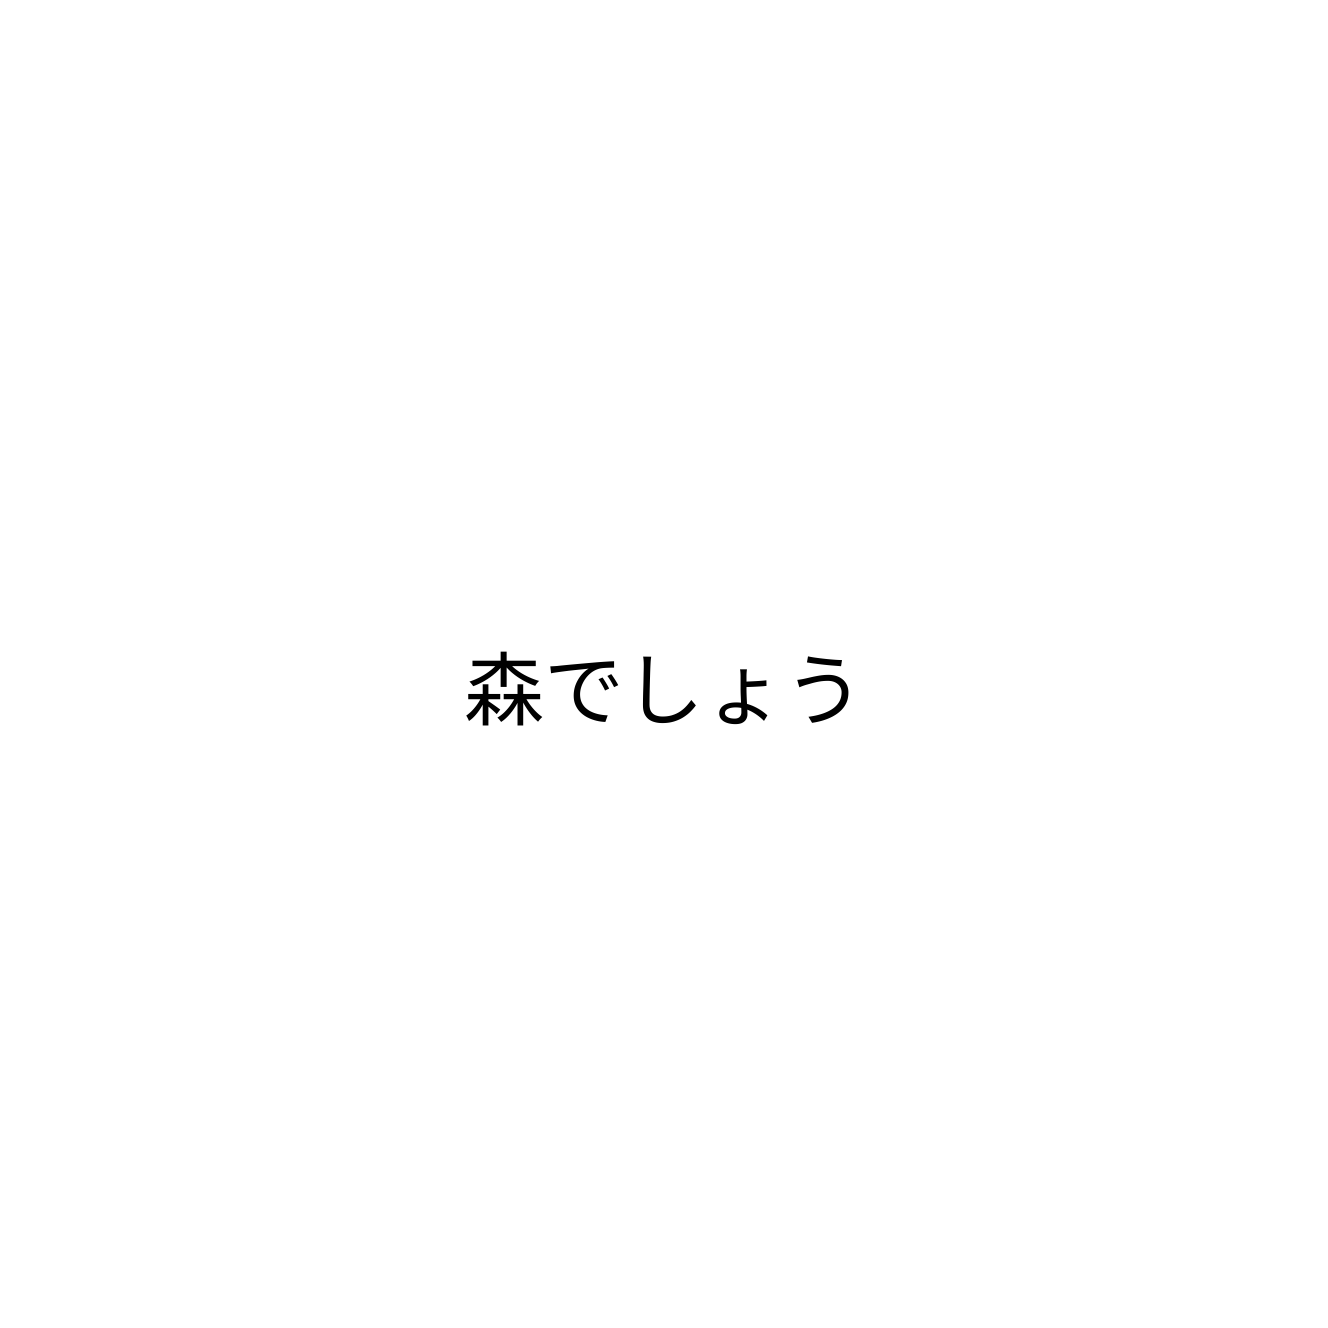
森でしょう